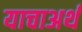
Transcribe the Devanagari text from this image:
याचाअर्थ